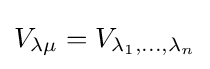
V_{\lambda \mu }=V_{\lambda _{1},\dots ,\lambda _{n}}